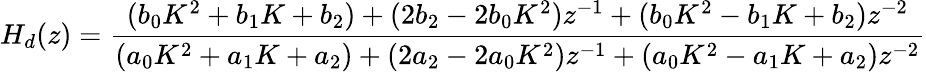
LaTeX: H_{d}(z)={\frac{(b_{0}K^{2}+b_{1}K+b_{2})+(2b_{2}-2b_{0}K^{2})z^{-1}+(b_{0}K^{2}-b_{1}K+b_{2})z^{-2}}{(a_{0}K^{2}+a_{1}K+a_{2})+(2a_{2}-2a_{0}K^{2})z^{-1}+(a_{0}K^{2}-a_{1}K+a_{2})z^{-2}}}